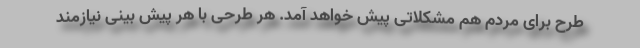
طرح برای مردم هم مشکلاتی پیش خواهد آمد. هر طرحی با هر پیش بینی نیازمند